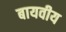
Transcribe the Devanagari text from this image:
बायवीय